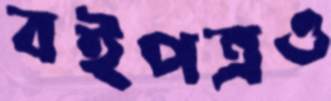
বইপত্রও